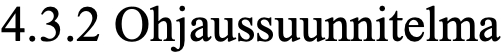
4.3.2 Ohjaussuunnitelma